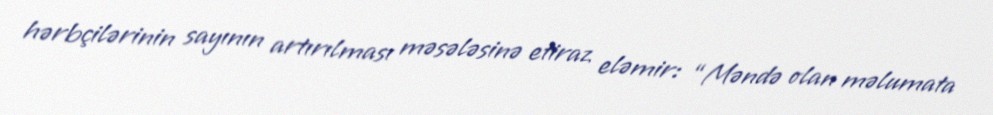
hərbçilərinin sayının artırılması məsələsinə etiraz eləmir: “Məndə olan məlumata